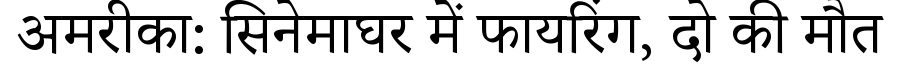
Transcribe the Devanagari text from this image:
अमरीका: सिनेमाघर में फायरिंग, दो की मौत